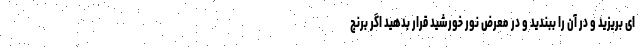
ای بریزید و در آن را ببندید و در معرض نور خورشید قرار بدهید اگر برنج